Civil Veterinary Dept. Assam report 1927-50 - 1927-1950
Year: 1927
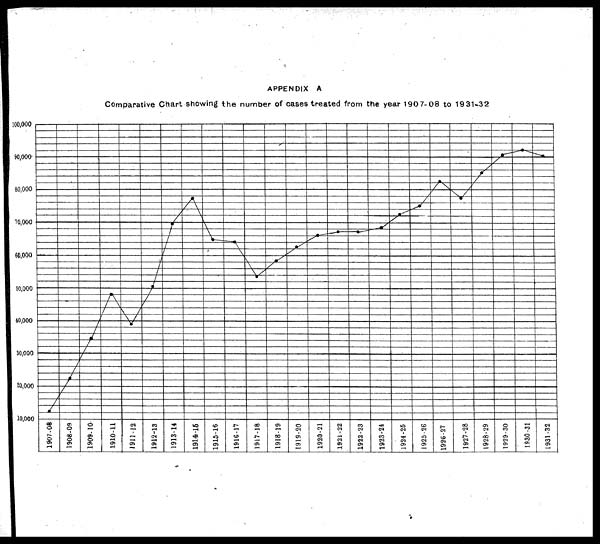
APPENDIX A
Comparative Chart showing the number of cases treated from the year 1907-08 to 1931-32